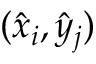
( \hat { x } _ { i } , \hat { y } _ { j } )